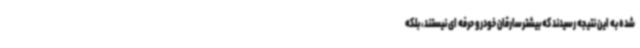
شده به این نتیجه رسیدند که بیشترسارقان خودرو حرفه ای نیستند، بلکه